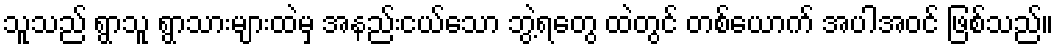
သူသည် ရွာသူ ရွာသားများထဲမှ အနည်းငယ်သော ဘွဲ့ရတွေ ထဲတွင် တစ်ယောက် အပါအဝင် ဖြစ်သည်။